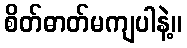
စိတ်ဓာတ်မကျပါနဲ့။